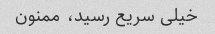
خیلی سریع رسید، ممنون